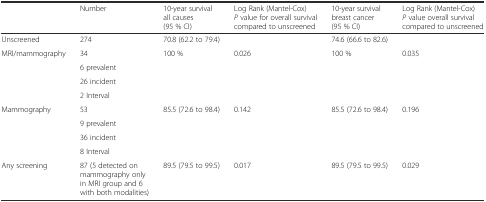
|  | Number | 10-year survival all causes (95 % CI) | Log Rank (Mantel-Cox) P value for overall survival compared to unscreened | 10-year survival breast cancer (95 % CI) | Log Rank (Mantel-Cox) P value overall survival compared to unscreened |
 | --- | --- | --- | --- | --- | --- |
 | Unscreened | 274 | 70.8 (62.2 to 79.4) |  | 74.6 (66.6 to 82.6) |  |
 | <ROWSPAN=4> MRI/mammography | 34 | <ROWSPAN=4> 100 % | <ROWSPAN=4> 0.026 | <ROWSPAN=4> 100 % | <ROWSPAN=4> 0.035 |
 | 6 prevalent |
 | 26 incident |
 | 2 Interval |
 | <ROWSPAN=4> Mammography | 53 | <ROWSPAN=4> 85.5 (72.6 to 98.4) | <ROWSPAN=4> 0.142 | <ROWSPAN=4> 85.5 (72.6 to 98.4) | <ROWSPAN=4> 0.196 |
 | 9 prevalent |
 | 36 incident |
 | 8 Interval |
 | Any screening | 87 (5 detected on mammography only in MRI group and 6 with both modalities) | 89.5 (79.5 to 99.5) | 0.017 | 89.5 (79.5 to 99.5) | 0.029 |